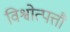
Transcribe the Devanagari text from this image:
विश्वोत्पत्तौ